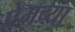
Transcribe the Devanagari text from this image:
प्रेमच्या